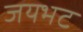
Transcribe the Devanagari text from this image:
जयभट